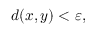
d ( x , y ) < \varepsilon ,